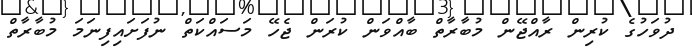
ދުވަހުގެ ކުރިން ރާއްޖޭން މުބާރާތް ބާއްވަން ކުރަން ޖެހޭ މަސައްކަތް ނުފަށައިފިނަމަ މުބާރާތް